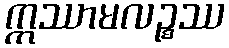
ဣဿာမလဉ္စဿ